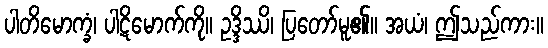
ပါတိမောက္ခံ၊ ပါဋိမောက်ကို။ ဥဒ္ဒိဿိ၊ ပြတော်မူ၏။ အယံ၊ ဤသည်ကား။